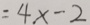
= 4 x - 2